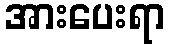
အားပေးရာ